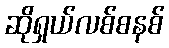
ဆိုရှယ်လစ်စနစ်